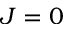
J = 0